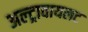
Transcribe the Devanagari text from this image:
अल्ट्रावायलट